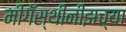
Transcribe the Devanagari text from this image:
मीगॅस्थीनीझच्या